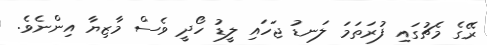
ރޭގެ މެޗުގައި ފުރަތަމަ ލަނޑު ޖަހައި ލީޑު ހޯދީ ވެސް މާޒިޔާ އިންނެވެ.